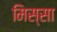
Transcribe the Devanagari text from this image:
मिस्सा